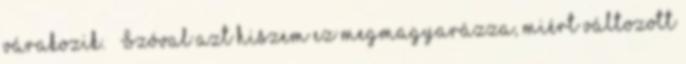
várakozik. – Szóval azt hiszem ez megmagyarázza, miért változott